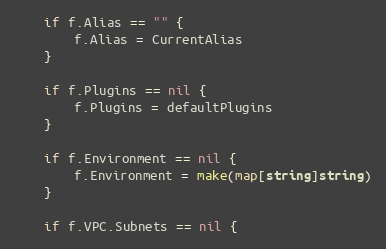
Language: Go
	if f.Alias == "" {
		f.Alias = CurrentAlias
	}

	if f.Plugins == nil {
		f.Plugins = defaultPlugins
	}

	if f.Environment == nil {
		f.Environment = make(map[string]string)
	}

	if f.VPC.Subnets == nil {